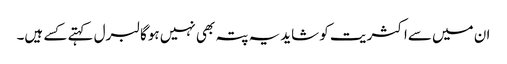
ان میں سےاکثریت کو شایدیہ پتہ بھی نہیں ہوگا لبرل کہتے کسے ہیں۔